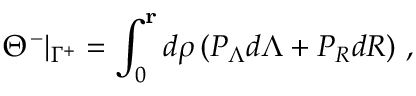
\Theta ^ { - } \vert _ { \Gamma ^ { + } } = \int _ { 0 } ^ { \mathbf r } d \rho \, ( P _ { \Lambda } d \Lambda + P _ { R } d R ) \ ,